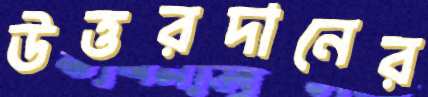
উত্তরদানের